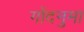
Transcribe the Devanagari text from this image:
गोंदनुमा